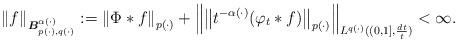
LaTeX: \begin{align*} \left\Vert f\right\Vert _{\boldsymbol{B}_{p(\cdot ),q(\cdot )}^{\alpha(\cdot )}}:=\left\Vert \Phi \ast f\right\Vert _{p(\cdot )}+\left\Vert\left\Vert t^{-\alpha (\cdot )}(\varphi _{t}\ast f)\right\Vert _{p(\cdot)}\right\Vert _{L^{q(\cdot )}((0,1],\frac{dt}{t})}<\infty .\end{align*}